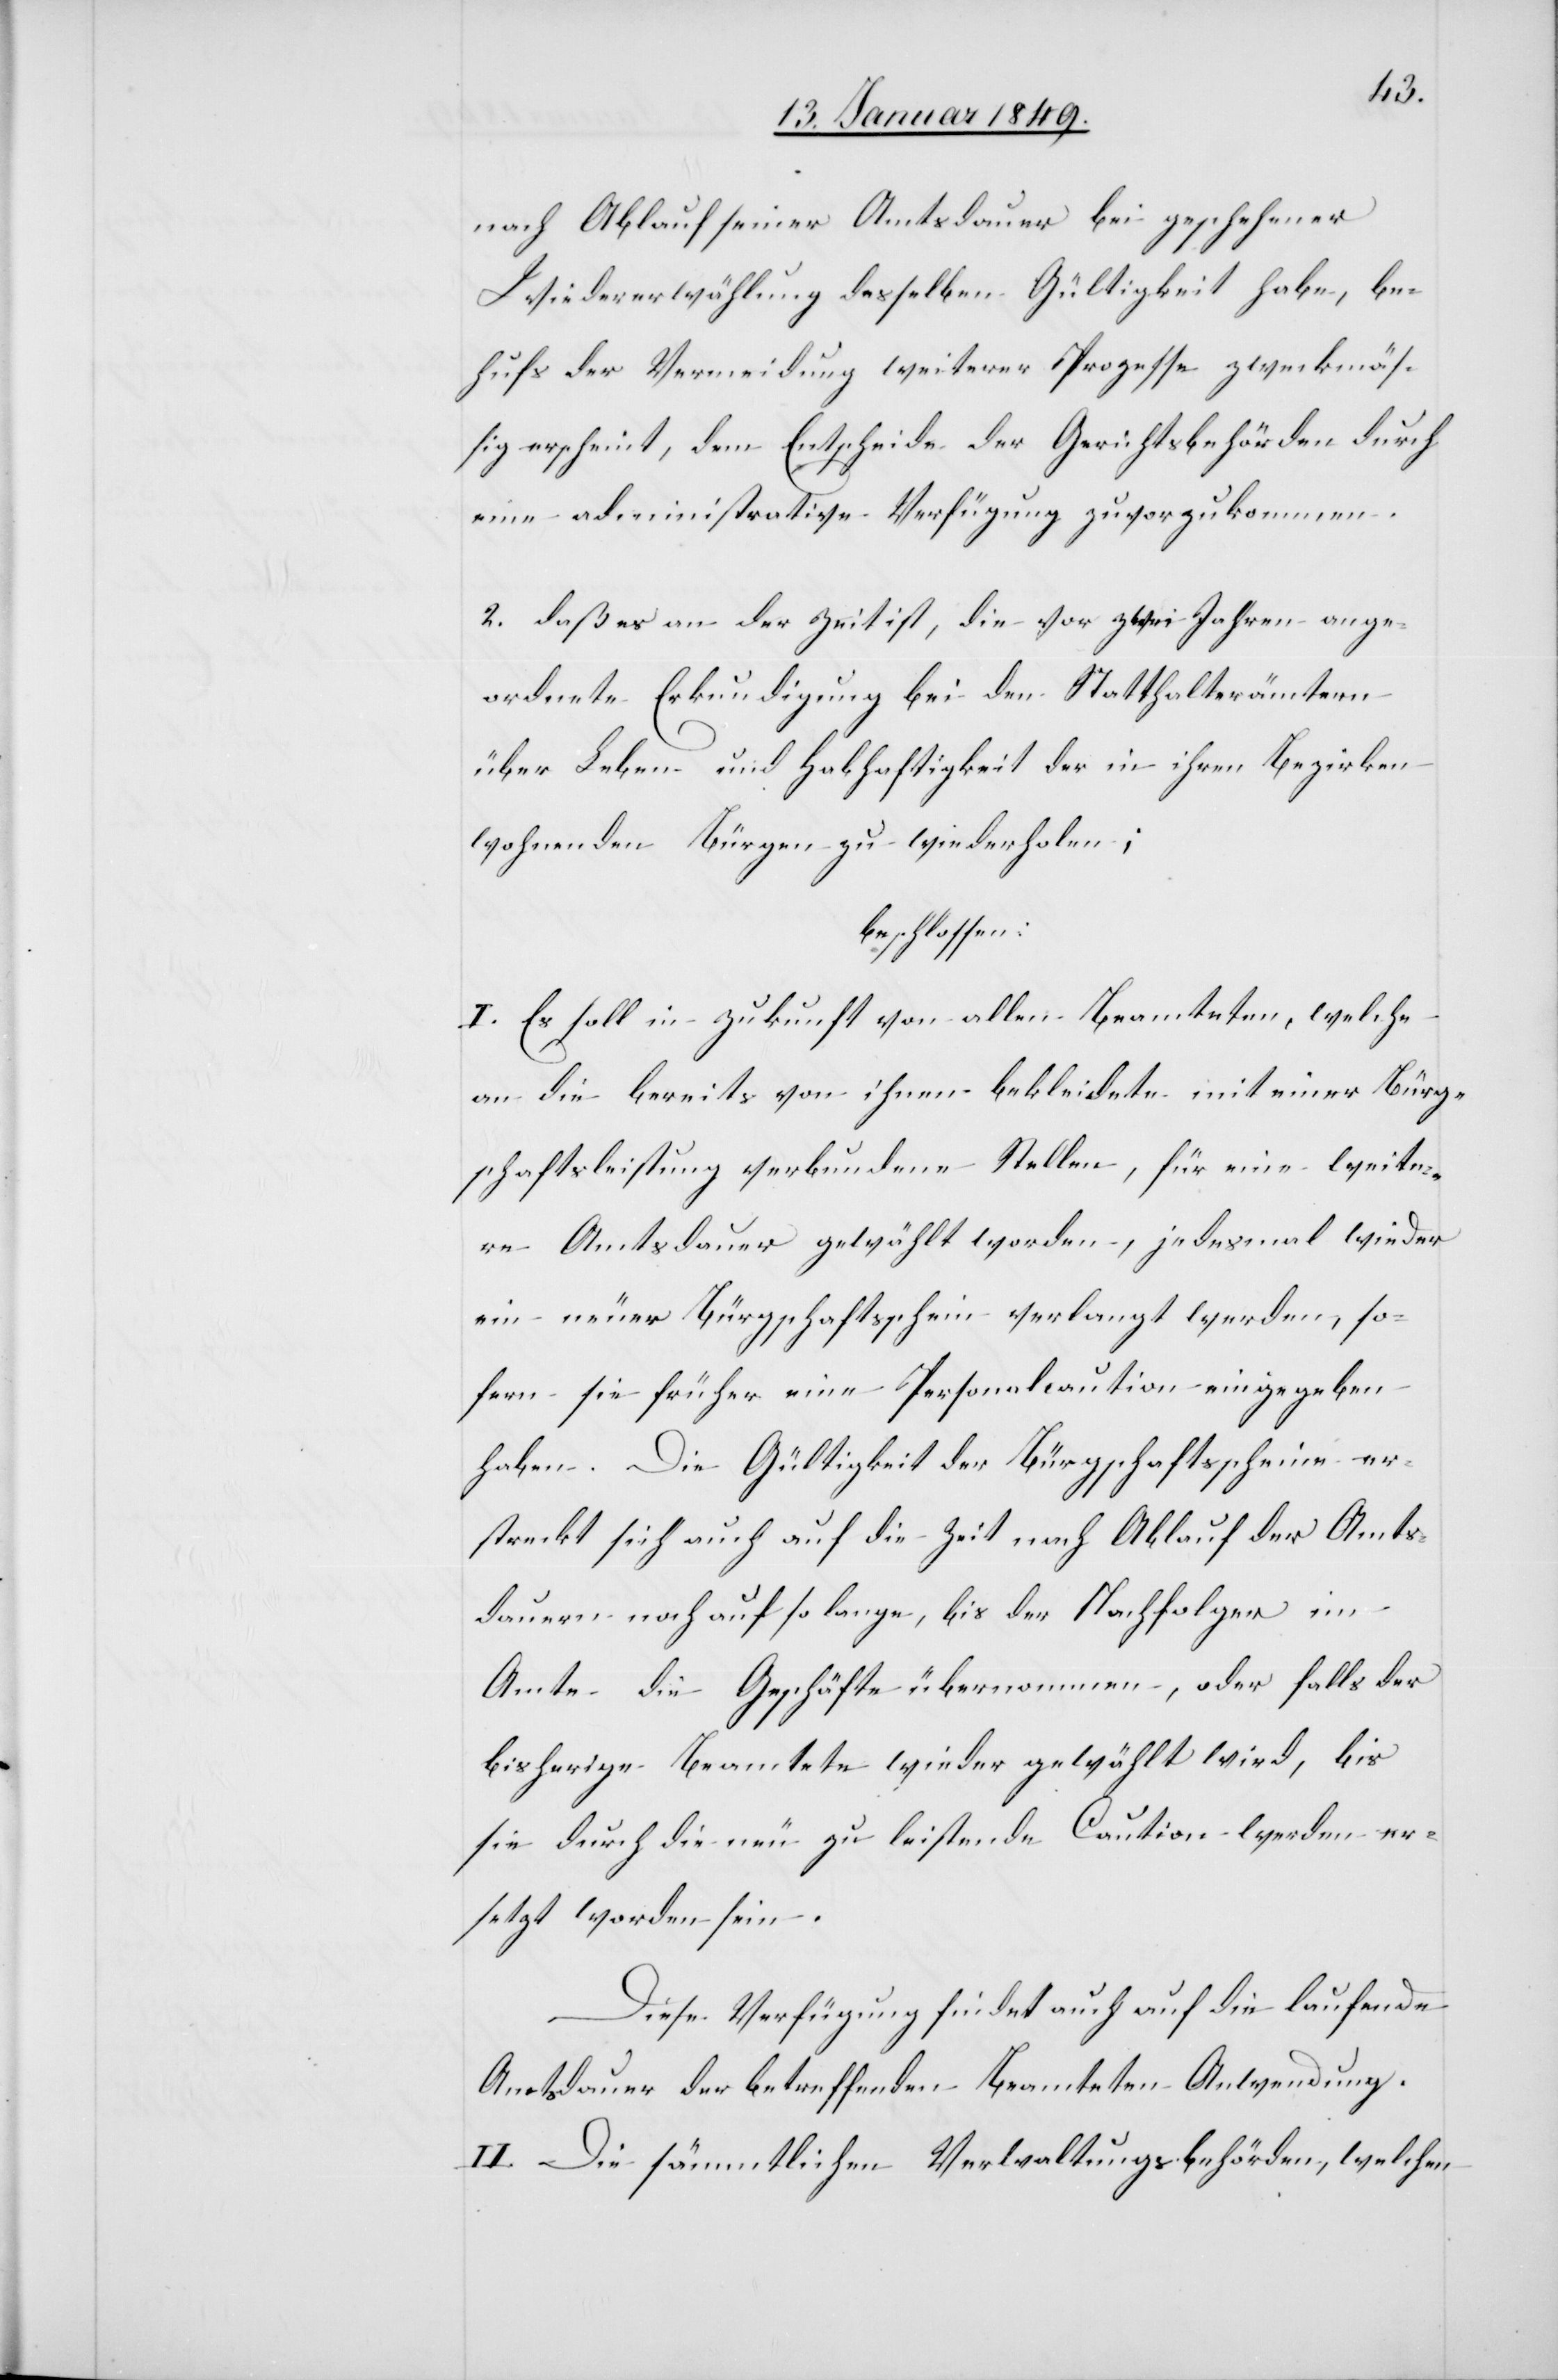
nach Ablauf seiner Amtsdauer bei geschehener
Wiedererwählung desselben Gültigkeit habe, be¬
hufs der Vermeidung weiterer Prozesse zweckmäs¬
sig erscheint, dem Entscheide der Gerichtsbehörden durch
eine administrative Verfügung zuvorzukommen.
2. daß es an der Zeit ist, die vor zwei Jahren ange¬
ordnete Erkundigung bei den Statthalterämtern
über Leben und Habhaftigkeit der in ihren Bezirken
wohnenden Bürgen zu wiederholen;
beschlossen:
I. Es soll in Zukunft von allen Beamteten, welche
an die bereits von ihnen bekleidete mit einer Bürg¬
schaftsleistung verbundene Stelle, für eine weite¬
re Amtsdauer gewählt worden, jedesmal wieder
ein neuer Bürgschaftsschein verlangt werden, so¬
fern sie früher eine Personalcaution eingegeben
haben. Die Gültigkeit der Bürgschaftsscheine er¬
streckt sich auch auf die Zeit nach Ablauf der Amts¬
dauern noch auf so lange, bis der Nachfolger im
Amte die Geschäfte übernommen, oder falls der
bisherige Beamtete wieder gewählt wird, bis
sie durch die neu zu leistende Caution werden er¬
setzt worden sein.
Diese Verfügung findet auch auf die laufende
Amtsdauer der betreffenden Beamteten Anwendung.
II. Die sämmtlichen Verwaltungsbehörden, welchen